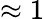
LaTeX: \approx 1